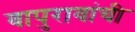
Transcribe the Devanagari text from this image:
बापुरावांची